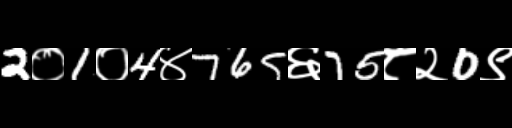
Text: 2०1०4४765६75८२0९